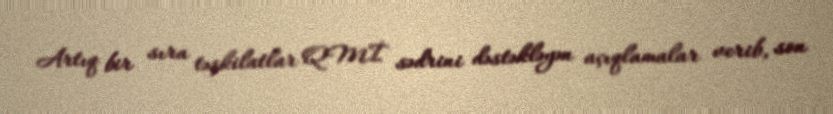
Artıq bir sıra təşkilatlar QMİ sədrini dəstəkləyən açıqlamalar verib, son